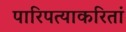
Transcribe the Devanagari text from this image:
पारिपत्याकरितां